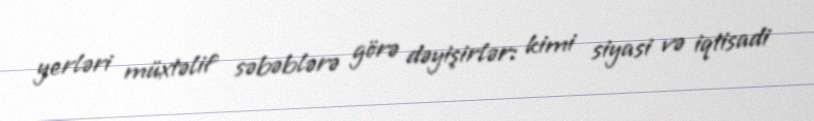
yerləri müxtəlif səbəblərə görə dəyişirlər: kimi siyasi və iqtisadi